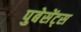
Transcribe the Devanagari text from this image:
पुबेसेंट्स